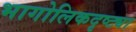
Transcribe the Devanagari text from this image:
भागोलिकदृष्ट्या